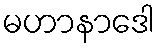
မဟာနာဒေါ